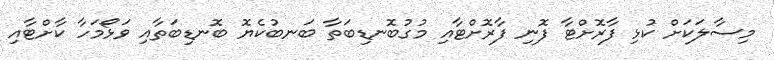
މިސާލަކަށް ކުޅި ފާރޮށްޓާ ފޮނި ފާރޮށްޓާއި މުގުބޮނޑިބަތާ ބަނބުކެޔޮ ބޮނޑިބަތާއި ވަޅޯމަހާ ކާށްޓާއި